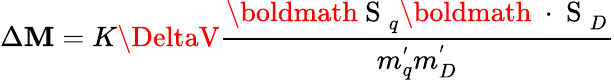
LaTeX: \Delta\mathbf{M}=K\DeltaV\frac{{\mathrm{{\boldmath~S~}}_{q}\mathrm{{\boldmath~\cdot~S~}}_{D}}}{{m_{q}^{'}m_{D}^{'}}}